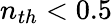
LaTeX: n_{th}<0.5